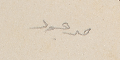
موجود